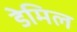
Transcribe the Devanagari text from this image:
डेमिल